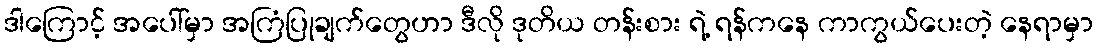
ဒါကြောင့် အပေါ်မှာ အကြံပြုချက်တွေဟာ ဒီလို ဒုတိယ တန်းစား ရဲ့ ရန်ကနေ ကာကွယ်ပေးတဲ့ နေရာမှာ